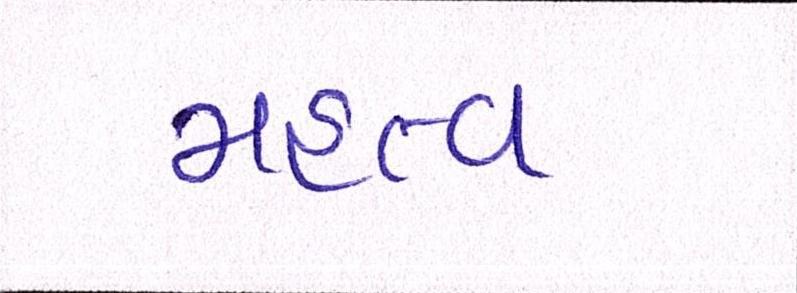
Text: મહત્વ